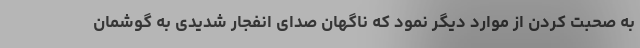
به صحبت کردن از موارد دیگر نمود که ناگهان صدای انفجار شدیدی به گوشمان